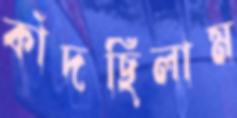
কাঁদছিলাম